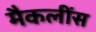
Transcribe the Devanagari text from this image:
मैकलींस